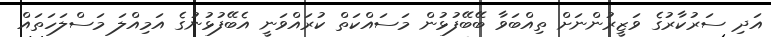
އަދި ސަރުކާރުގެ ވަޒީރުންނަށް ތިއްބަވާ ބޭބޭފުޅުން މަސައްކަތް ކުރައްވަނީ އެބޭފުޅުނުގެ އަމިއްލަ މަސްލަހަތައް